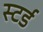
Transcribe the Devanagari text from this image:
स्टर्ड